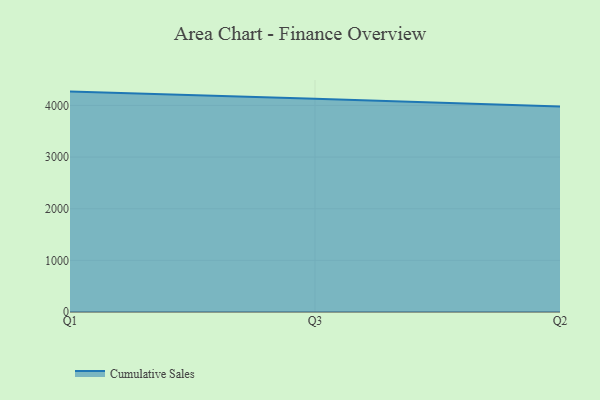
{"axis": {"x": "Quarter", "y": "Tickets Resolved"}, "legend": ["Cumulative Sales"], "data": [{"x": "Q1", "y": 4268.5, "type": "Cumulative Sales"}, {"x": "Q3", "y": 4130.8, "type": "Cumulative Sales"}, {"x": "Q2", "y": 3977.6, "type": "Cumulative Sales"}]}